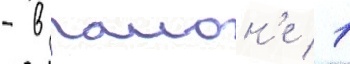
- в раион'е 1